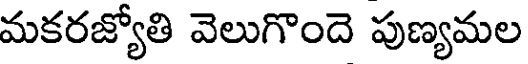
మకరజ్యోతి వెలుగొందె పుణ్యమల